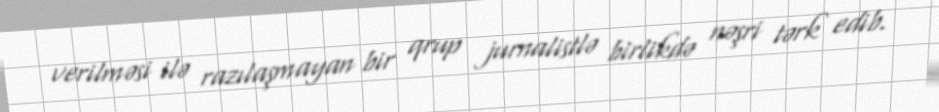
verilməsi ilə razılaşmayan bir qrup jurnalistlə birlikdə nəşri tərk edib.